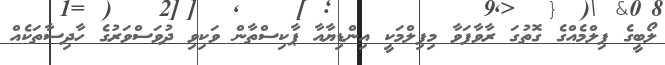
ލޯބީގެ ފިލްމެއްގެ ގޮތުގަ ރާވާފަވާ މިފިލްމަކީ އިންޑިޔާއާ ޕާކިސްތާން ވަކިވި ދުވަސްވަރުގެ ހާދިސާތަކެއް